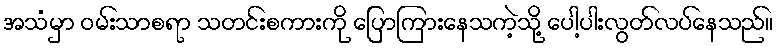
အသံမှာ ဝမ်းသာစရာ သတင်းစကားကို ပြောကြားနေသကဲ့သို့ ပေါ့ပါးလွတ်လပ်နေသည်။